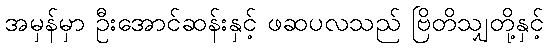
အမှန်မှာ ဦးအောင်ဆန်းနှင့် ဖဆပလသည် ဗြိတိသျှတို့နှင့်